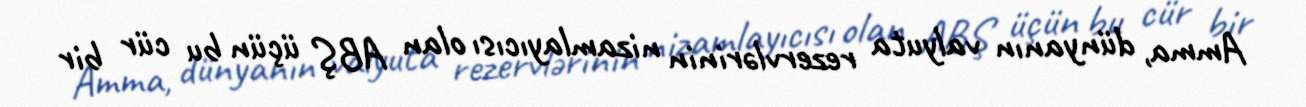
Amma, dünyanın valyuta rezervlərinin nizamlayıcısı olan ABŞ üçün bu cür bir